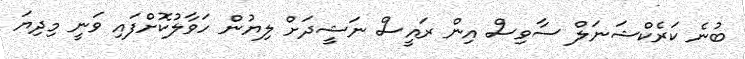
ބުނެ ކަރެކްޝަނަލް ސާވިސް އިން ރައީސް ނަޝީދަށް ލިޔުން ހަވާލުކޮށްފައި ވަނީ މިދިޔަ